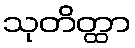
သုတိတ္ထာ